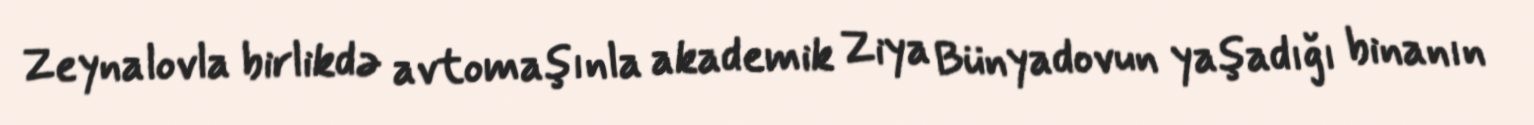
Zeynalovla birlikdə avtomaşınla akademik Ziya Bünyadovun yaşadığı binanın